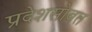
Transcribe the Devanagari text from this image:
प्रदेशसोबत